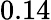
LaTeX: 0.14